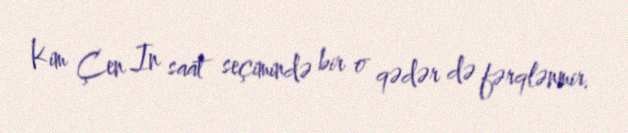
Kim Çen In saat seçimində bir o qədər də fərqlənmir.